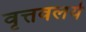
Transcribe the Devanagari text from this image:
वृत्तवलये